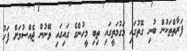
ފަރާތްތަކުން ބުނި ގޮތުގައި މަގުމަތީގައި ތިބި މީހުންގެ ގައިގައި ވޭނުން ޖެއްސުމަށް ފަހު